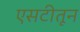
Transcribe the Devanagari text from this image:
एसटीतून